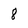
Character: 8